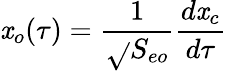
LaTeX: \mathit{x}_{o}(\tau)={\frac{{1}}{{\sqrt{}{{S_{eo}}}}}}{\frac{{d\mathit{x}_{c}}}{{d\tau}}}